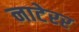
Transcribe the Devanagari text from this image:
नाटेरर